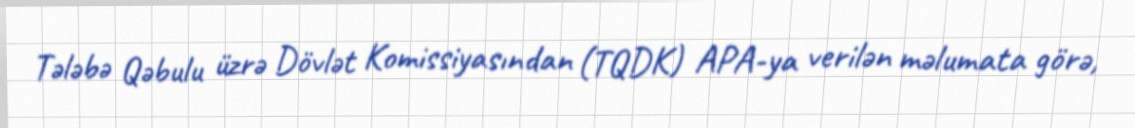
Tələbə Qəbulu üzrə Dövlət Komissiyasından (TQDK) APA-ya verilən məlumata görə,